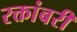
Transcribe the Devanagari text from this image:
रक्तांबरी